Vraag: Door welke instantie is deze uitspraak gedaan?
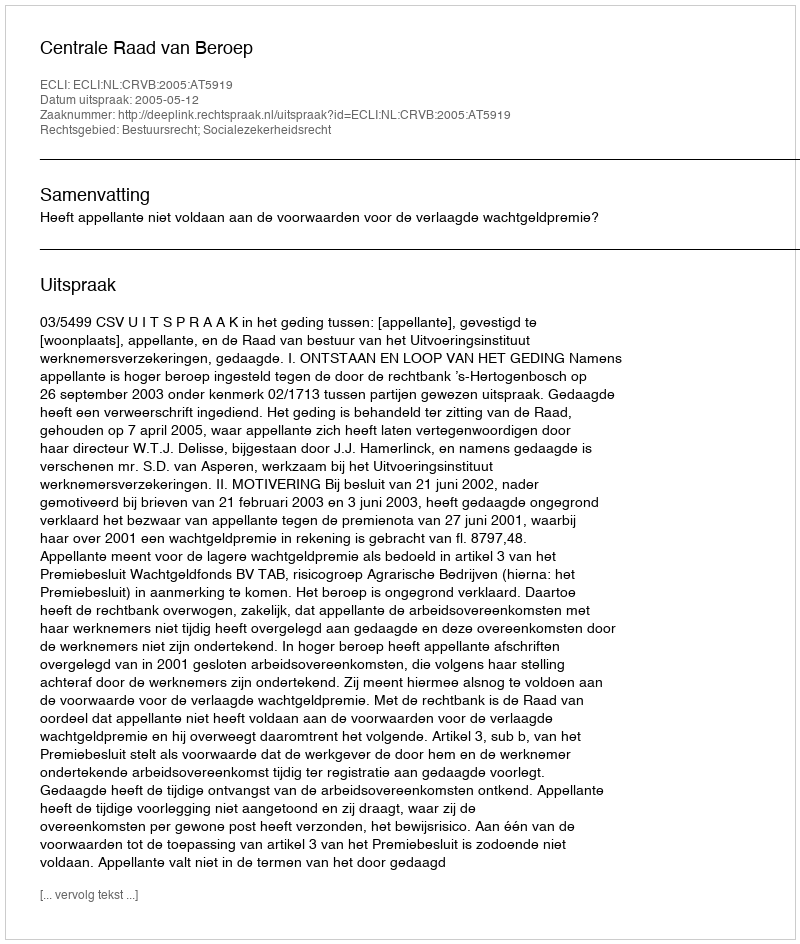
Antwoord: Centrale Raad van Beroep